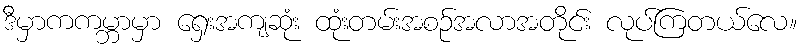
ဒီမှာကကမ္ဘာမှာ ရှေးအကျဆုံး ထုံးတမ်းအစဉ်အလာအတိုင်း လုပ်ကြတယ်လေ။